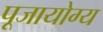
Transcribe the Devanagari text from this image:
पूजायोग्य